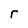
Character: r